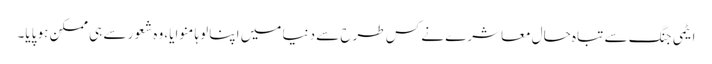
ایٹمی جنگ سے تباہ حال معاشرے نے کس طرح سے دنیا میں اپنا لوہا منوایا، وہ شعور سے ہی ممکن ہو پایا۔